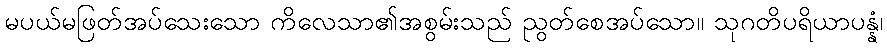
မပယ်မဖြတ်အပ်သေးသော ကိလေသာ၏အစွမ်းသည် ညွတ်စေအပ်သော။ သုဂတိပရိယာပန္နံ၊